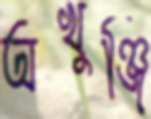
অখুঞ্জি